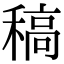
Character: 稿